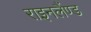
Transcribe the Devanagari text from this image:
राइनलैंण्ड